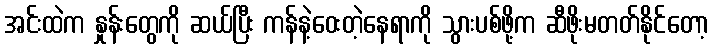
အင်းထဲက နှုန်းတွေကို ဆယ်ပြီး ကန်နဲ့ဝေးတဲ့နေရာကို သွားပစ်ဖို့က ဆီဖိုးမတတ်နိုင်တော့